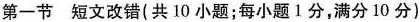
第一节 短文改错(共 10 小题;每小题 1分,满分 10 分)